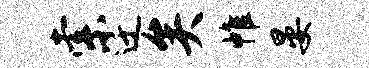
索迁矣帷晏